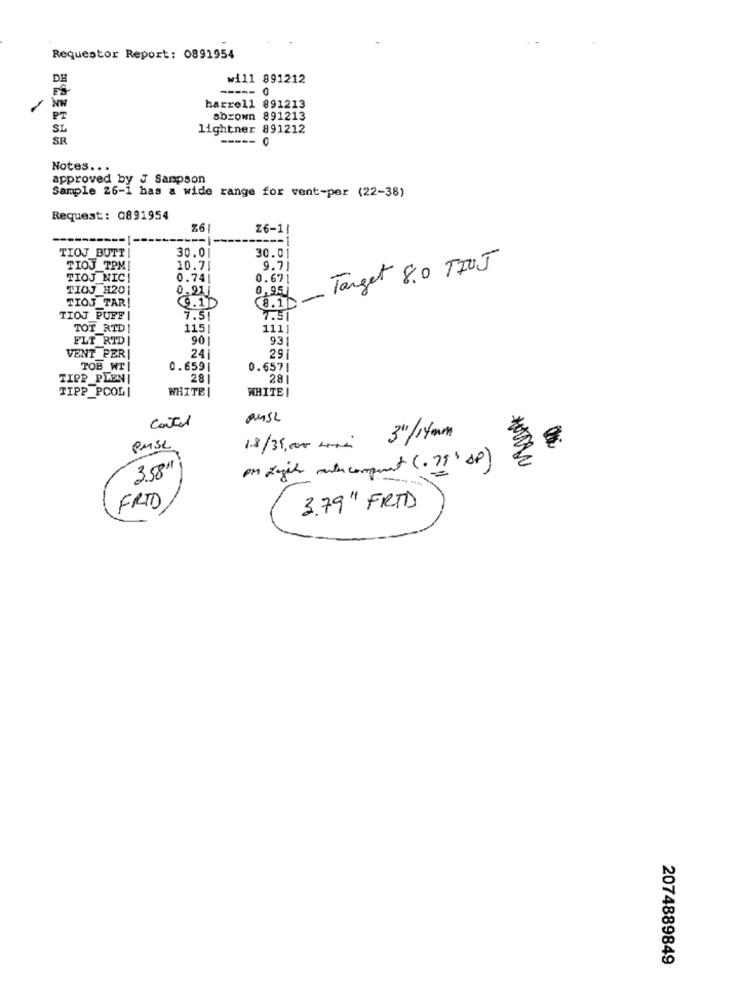
Requestor Report: 0891954
will 891212
----- 0
1
Nw
harrell 891213
PT
sbrown 891213
SL
lightner 891212
SR
-----
0
Notes ...
approved by J Sampson
Sample 26-1 has a wide range for vent-per (22-38)
Request: 0891954
76
26-1/
-- 1
TIOJ_BUTT
30.0
30.01
TIOJ TPM
10.71
9.7
Target 8.0 TIUJ
TIOJ NIC
0.741
0.671
TIOJ H20
0.91|
0,95)
TIOS TAR
-
9.1D
8.1D
TIOJ PUFFI
7.51
1.51
TOT_RTD
1151
111
FLT RTD |
90
93
VENT PER|
241
29
TOB WI |
0.659
0.657|
TIPP PIENI
28
28
TIPP_PCOL|
WHITE I
WHITE !
Cater
PASE
1.8/35,000 km
po Light muter conpant (. 79) SP)
FRID
3.79" FRTD
2074889849